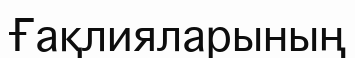
Ғақлияларының